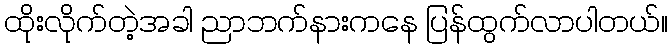
ထိုးလိုက်တဲ့အခါ ညာဘက်နားကနေ ပြန်ထွက်လာပါတယ်။